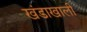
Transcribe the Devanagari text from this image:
खंडाखाली